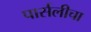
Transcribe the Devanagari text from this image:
पार्सलीचा